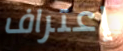
إعتراف